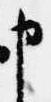
申